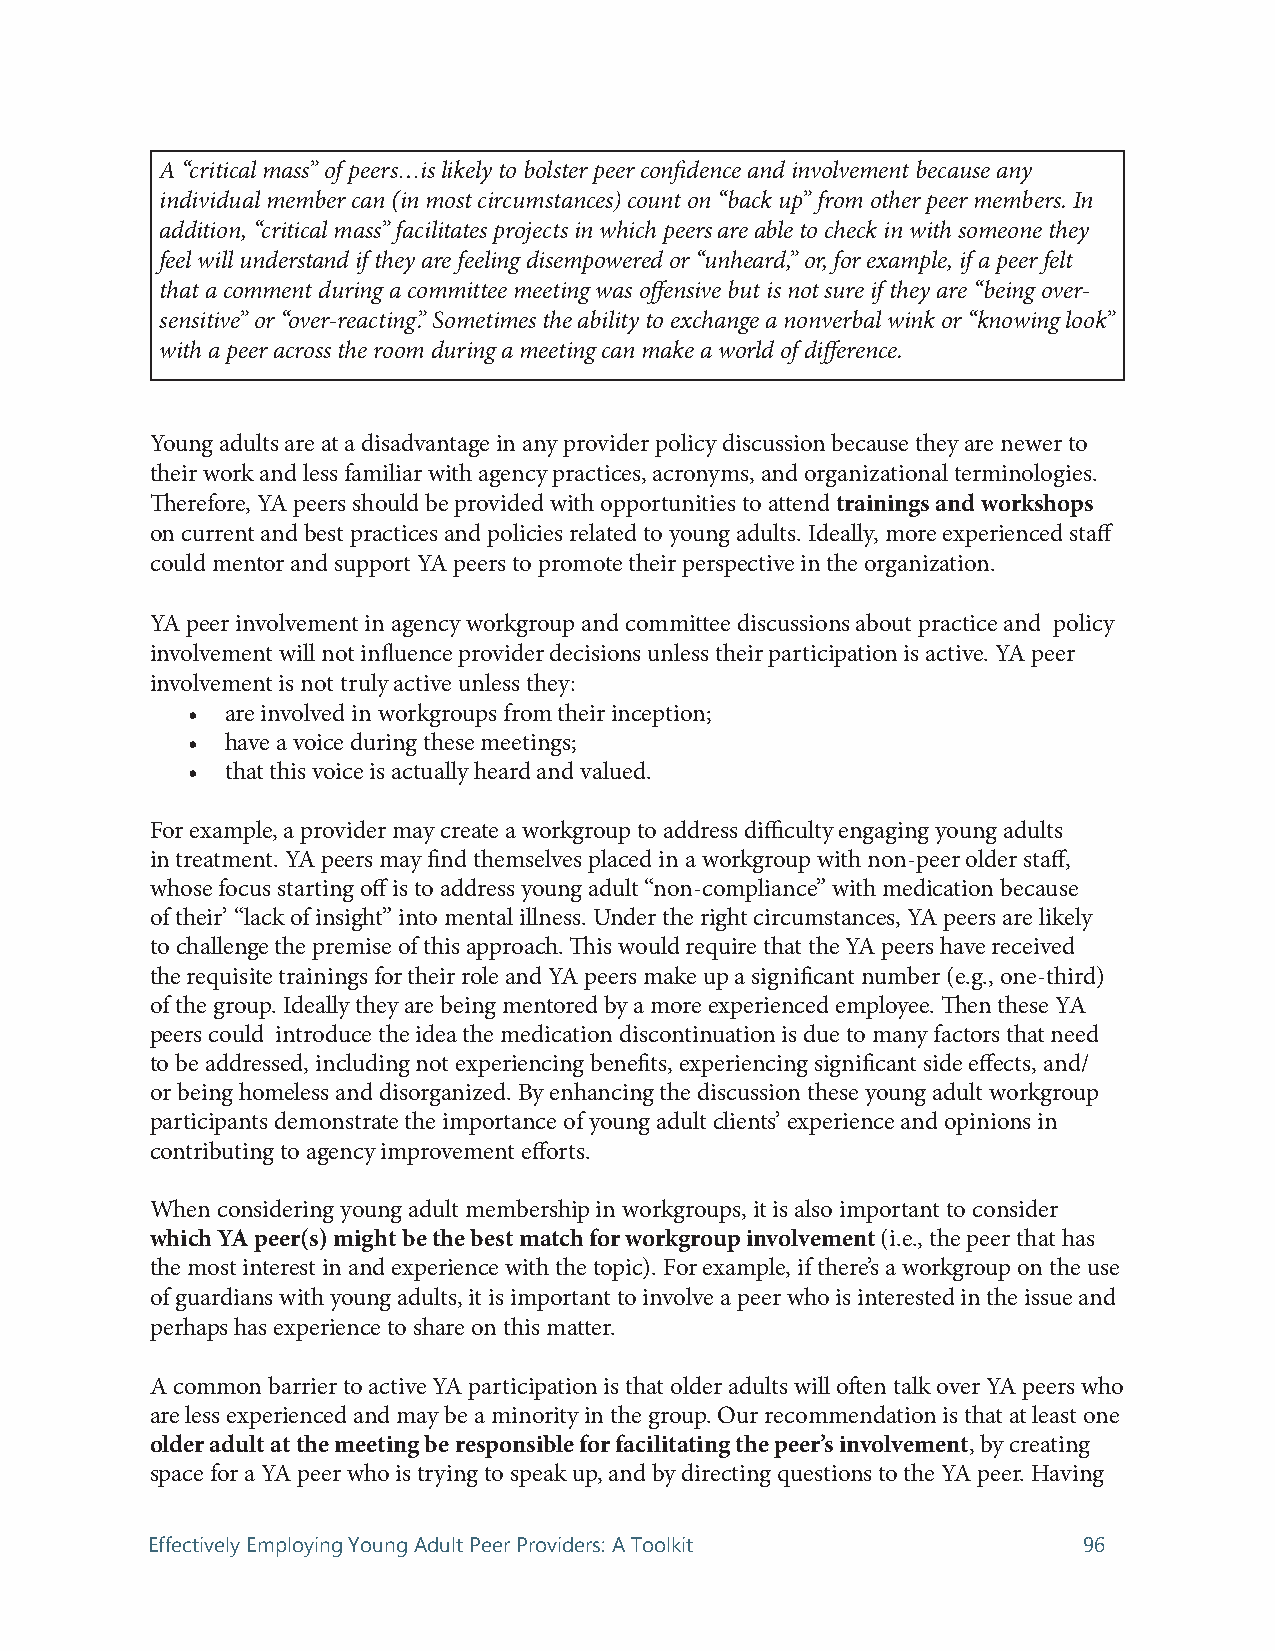
A “critical mass” of peers…is likely to bolster peer confidence and involvement because any
 individual member can (in most circumstances) count on “back up” from other peer members. In
 addition, “critical mass” facilitates projects in which peers are able to check in with someone they
 feel will understand if they are feeling disempowered or “unheard,” or, for example, if a peer felt
 that a comment during a committee meeting was offensive but is not sure if they are “being over-
 sensitive” or “over-reacting.” Sometimes the ability to exchange a nonverbal wink or “knowing look”
 with a peer across the room during a meeting can make a world of difference.
 Young adults are at a disadvantage in any provider policy discussion because they are newer to
 their work and less familiar with agency practices, acronyms, and organizational terminologies.
 Therefore, YA peers should be provided with opportunities to attend trainings and workshops
 on current and best practices and policies related to young adults. Ideally, more experienced staff
 could mentor and support YA peers to promote their perspective in the organization.
 YA peer involvement in agency workgroup and committee discussions about practice and policy
 involvement will not influence provider decisions unless their participation is active. YA peer
 involvement is not truly active unless they:
 •  are involved in workgroups from their inception;
 •  have a voice during these meetings;
 •  that this voice is actually heard and valued.
 For example, a provider may create a workgroup to address difficulty engaging young adults
 in treatment. YA peers may find themselves placed in a workgroup with non-peer older staff,
 whose focus starting off is to address young adult “non-compliance” with medication because
 of their’ “lack of insight” into mental illness. Under the right circumstances, YA peers are likely
 to challenge the premise of this approach. This would require that the YA peers have received
 the requisite trainings for their role and YA peers make up a significant number (e.g., one-third)
 of the group. Ideally they are being mentored by a more experienced employee. Then these YA
 peers could introduce the idea the medication discontinuation is due to many factors that need
 to be addressed, including not experiencing benefits, experiencing significant side effects, and/
 or being homeless and disorganized. By enhancing the discussion these young adult workgroup
 participants demonstrate the importance of young adult clients’ experience and opinions in
 contributing to agency improvement efforts.
 When considering young adult membership in workgroups, it is also important to consider
 which YA peer(s) might be the best match for workgroup involvement (i.e., the peer that has
 the most interest in and experience with the topic). For example, if there’s a workgroup on the use
 of guardians with young adults, it is important to involve a peer who is interested in the issue and
 perhaps has experience to share on this matter.
 A common barrier to active YA participation is that older adults will often talk over YA peers who
 are less experienced and may be a minority in the group. Our recommendation is that at least one
 older adult at the meeting be responsible for facilitating the peer’s involvement, by creating
 space for a YA peer who is trying to speak up, and by directing questions to the YA peer. Having
 Effectively Employing Young Adult Peer Providers: A Toolkit   96